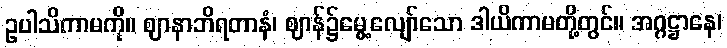
ဥပါသိကာမကို။ ဈာနာဘိရတာနံ၊ ဈာန်၌မွေ့လျော်သော ဒါယိကာမတို့တွင်။ အဂ္ဂဋ္ဌာနေ၊